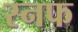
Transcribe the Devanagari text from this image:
स्नफ